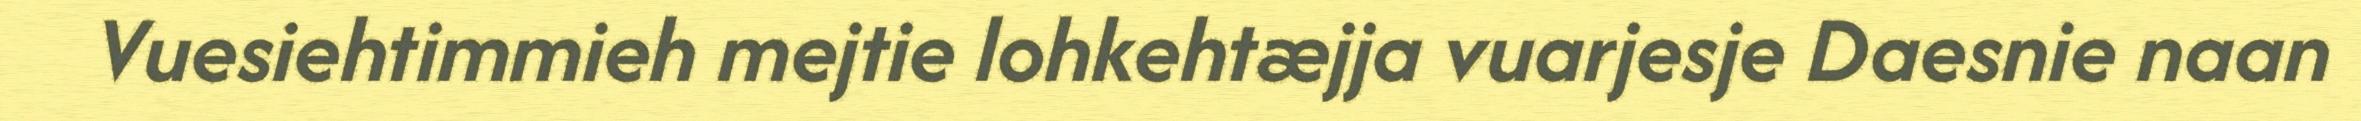
Vuesiehtimmieh mejtie lohkehtæjja vuarjesje Daesnie naan